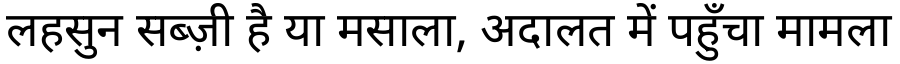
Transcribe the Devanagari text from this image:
लहसुन सब्ज़ी है या मसाला, अदालत में पहुँचा मामला